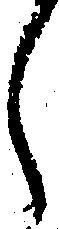
し